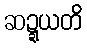
ဆဍ္ဍယတိ